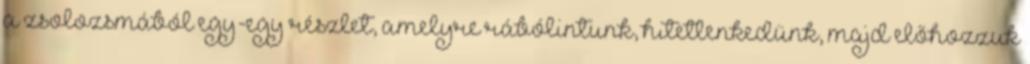
a zsolozsmából egy-egy részlet, amelyre rábólintunk, hitetlenkedünk, majd előhozzuk